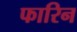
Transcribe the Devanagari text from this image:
फारिन